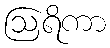
ဩရိကာ